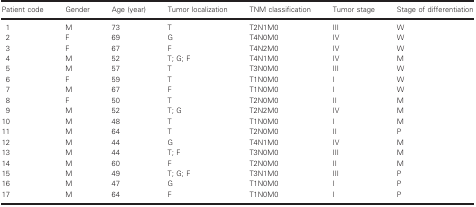
| Patient code | Gender | Age (year) | Tumor localization | TNM classification | Tumor stage | Stage of differentiation |
 | --- | --- | --- | --- | --- | --- | --- |
 | 1 | M | 73 | T | T2N1M0 | III | W |
 | 2 | F | 69 | G | T4N0M0 | IV | W |
 | 3 | F | 67 | F | T4N2M0 | IV | W |
 | 4 | M | 52 | T; G; F | T4N1M0 | IV | M |
 | 5 | M | 57 | T | T3N0M0 | III | W |
 | 6 | F | 59 | T | T1N0M0 | I | W |
 | 7 | M | 67 | F | T1N0M0 | I | W |
 | 8 | F | 50 | T | T2N0M0 | II | M |
 | 9 | M | 52 | T; G | T2N2M0 | IV | M |
 | 10 | M | 48 | T | T1N0M0 | I | M |
 | 11 | M | 64 | T | T2N0M0 | II | P |
 | 12 | M | 44 | G | T4N1M0 | IV | M |
 | 13 | M | 44 | T; F | T3N0M0 | III | M |
 | 14 | M | 60 | F | T2N0M0 | II | M |
 | 15 | M | 49 | T; G; F | T3N1M0 | III | P |
 | 16 | M | 47 | G | T1N0M0 | I | P |
 | 17 | M | 64 | F | T1N0M0 | I | P |